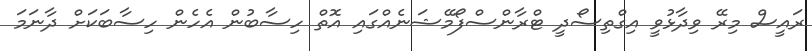
ރައީސް މިރޭ ވިދާޅުވީ އިގްތިސޯދީ ޓްރާންސްފޯމޭޝަނެއްގައި އޮތް ހިސާބުން އެހެން ހިސާބަކަށް ދާނަމަ